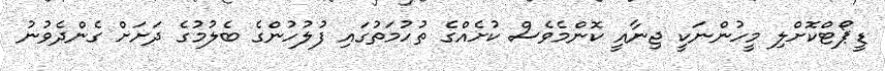
ޑީޕޯޓްކޮށްލި މީހުންނަކީ ޖިނާއީ ކޮންމެވެސް ކުށެއްގެ ތުހުމަތުގައި ފުލުހުންގެ ބެލުމުގެ ދަށަށް ގެންދެވުނު